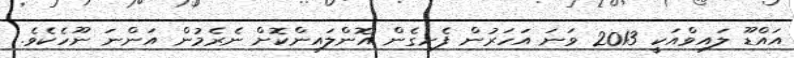
އައްޑޫ ލައިވްއަކީ 2013 ވަނަ އަހަރުން ފެށިގެން އޮންލައިންކޮށް ނެރެމުން އަންނަ ނޫހެކެވެ.